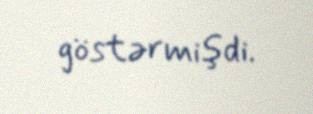
göstərmişdi.